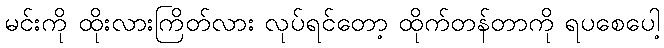
မင်းကို ထိုးလားကြိတ်လား လုပ်ရင်တော့ ထိုက်တန်တာကို ရပစေပေါ့